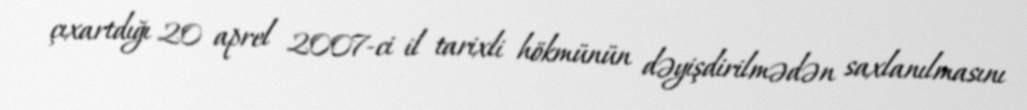
çıxartdığı 20 aprel 2007-ci il tarixli hökmünün dəyişdirilmədən saxlanılmasını